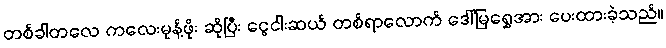
တစ်ခါတလေ ကလေးမုန့်ဖိုး ဆိုပြီး ငွေငါးဆယ် တစ်ရာလောက် ဒေါ်မြရွှေအား ပေးထားခဲ့သည်။